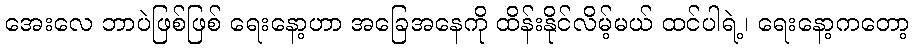
အေးလေ ဘာပဲဖြစ်ဖြစ် ရေးနော့ဟာ အခြေအနေကို ထိန်းနိုင်လိမ့်မယ် ထင်ပါရဲ့၊ ရေးနော့ကတော့